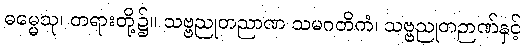
ဓမ္မေသု၊ တရားတို့၌။ သဗ္ဗညုတညာဏ သမဂတိကံ၊ သဗ္ဗညုတဉာဏ်နှင့်